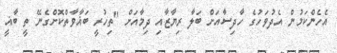
އެހެންކަމުން އެދުވަހުގެ ހާދިސާއަށް ބަލާ ރިޔާޒާއި ދިމާއަށް "ތިހުރީ ބަޣާވާތްކޮށްގެނޭ ތީ ބާޣީ